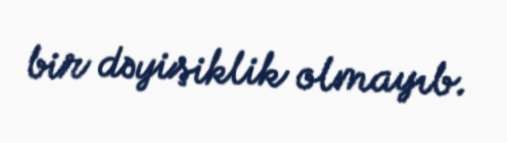
bir dəyişiklik olmayıb.